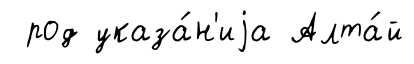
род указа́н'иjа Алта́й